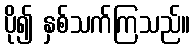
ပို၍ နှစ်သက်ကြသည်။